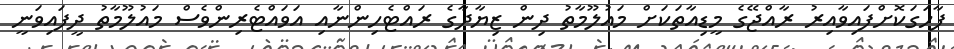
ފާހަގަކޮށްފައިވާއިރު ރާއްޖޭގެ މީޑިއާތަކަށް މައުލޫމާތު ދިން ޒިޔާދާގެ ރައްޓެހިންނާއި އަވައްޓެރިންވެސް މައުލޫމާތު ދީފައިވަނީީ